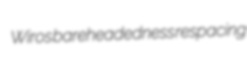
Wiros bareheadedness respacing